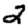
Digit: 2